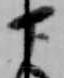
下